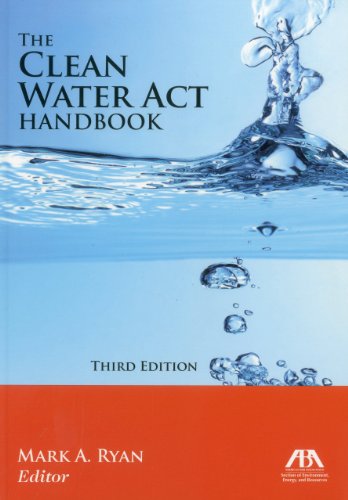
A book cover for The Clean Water Act Handbook; Law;